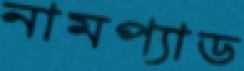
নামপ্যাড